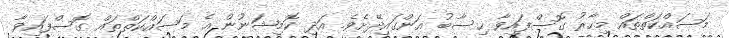
މަސައްކަތްތައް މިހާރު ގޮސްފައިވާ ހިސާބު އަންގައިދޭށެވެ. އަދި ކޮމިޝަނުން އެ މަސައްކަތްތައް ގޮސްފައިވާ